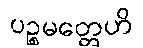
ပဉ္စမတ္တေဟိ